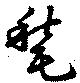
甃